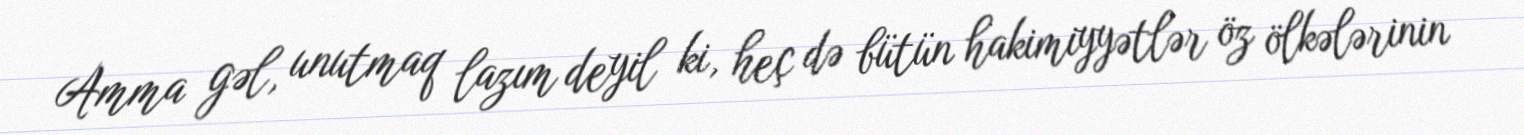
Amma gəl, unutmaq lazım deyil ki, heç də bütün hakimiyyətlər öz ölkələrinin